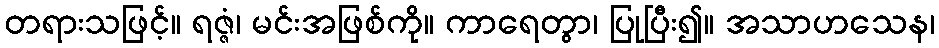
တရားသဖြင့်။ ရဇ္ဇံ၊ မင်းအဖြစ်ကို။ ကာရေတွာ၊ ပြုပြီး၍။ အသာဟသေန၊